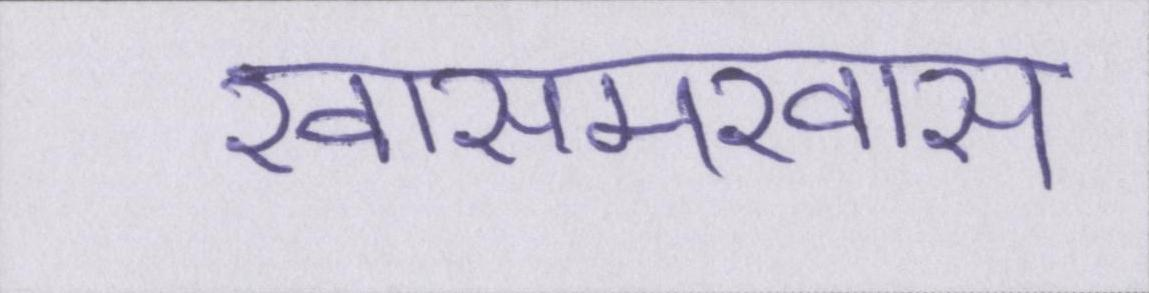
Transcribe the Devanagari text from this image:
खासमखास